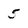
Character: 5